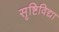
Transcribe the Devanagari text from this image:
सृष्टिविद्या